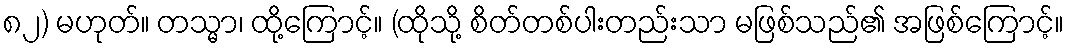
၈၂) မဟုတ်။ တသ္မာ၊ ထို့ကြောင့်။ (ထိုသို့ စိတ်တစ်ပါးတည်းသာ မဖြစ်သည်၏ အဖြစ်ကြောင့်။